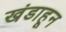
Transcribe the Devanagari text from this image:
खंडाहून